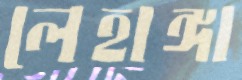
লেহাঙ্গা